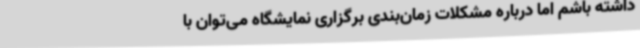
داشته باشم اما درباره مشکلات زمان‌بندی برگزاری نمایشگاه می‌توان با